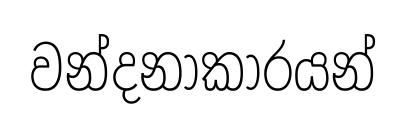
වන්දනාකාරයන්